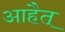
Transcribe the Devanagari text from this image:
आहैत्